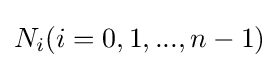
N_{i}(i=0,1,...,n-1)